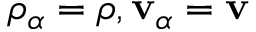
\rho _ { \alpha } = \rho , \mathbf { v } _ { \alpha } = \mathbf { v }